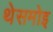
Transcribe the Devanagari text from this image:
थेसमोइ